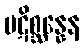
ပဋိစ္ဆန္နေန